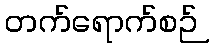
တက်ရောက်စဉ်